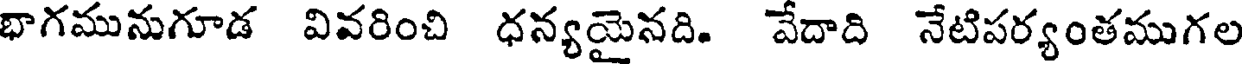
భాగమునుగూడ వివరించి ధన్యయైనది. వేదాది నేటిపర్యంతముగల